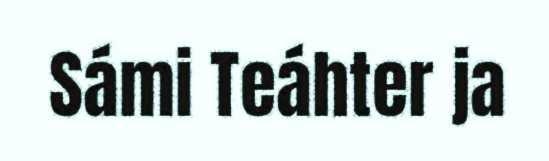
Sámi Teáhter ja